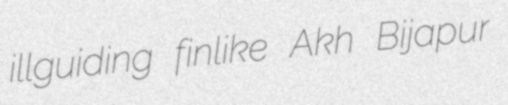
illguiding finlike Akh Bijapur